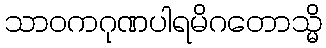
သာဝကဂုဏပါရမိဂတောသ္မိ